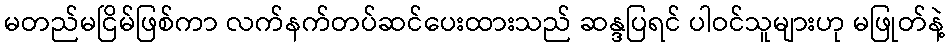
မတည်မငြိမ်ဖြစ်ကာ လက်နက်တပ်ဆင်ပေးထားသည် ဆန္ဒပြရင် ပါဝင်သူများဟု မဖြုတ်နဲ့